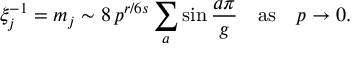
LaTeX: \xi _ { j } ^ { - 1 } = m _ { j } \sim 8 \, p ^ { r / 6 s } \sum _ { a } \sin \frac { a \pi } { g } \quad \mathrm { a s } \quad p \to 0 .